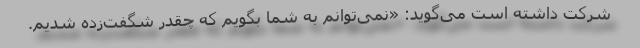
شرکت داشته است می‌گوید: «نمی‌توانم به شما بگویم که چقدر شگفت‌زده شدیم.